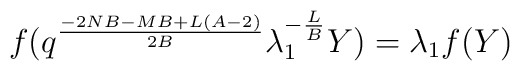
f(q^{\frac{-2NB-MB+L(A-2)}{2B}}\lambda_{1}^{-\frac{L}{B}}Y)=\lambda_{1}f(Y)